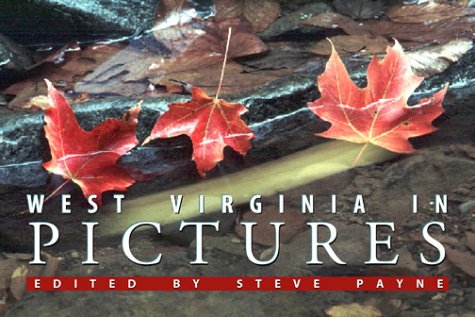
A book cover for West Virginia in Pictures; Steve Payne; Travel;